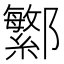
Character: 𬪤